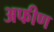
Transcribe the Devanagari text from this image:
अफीण